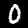
Digit: 0